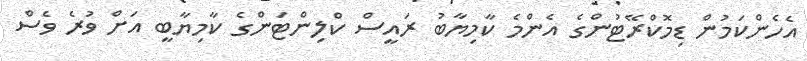
އެހެންކަމުން ޑިމޮކްރޭޓުންގެ އެންމެ ކާމިޔާބު ރައީސް ކްލިންޓަންގެ ކާމިޔާބީ އަށް ވުރެ ވެސް